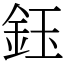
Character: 鈺